Annual administration and progress report of the Indian Medical Department, Bombay
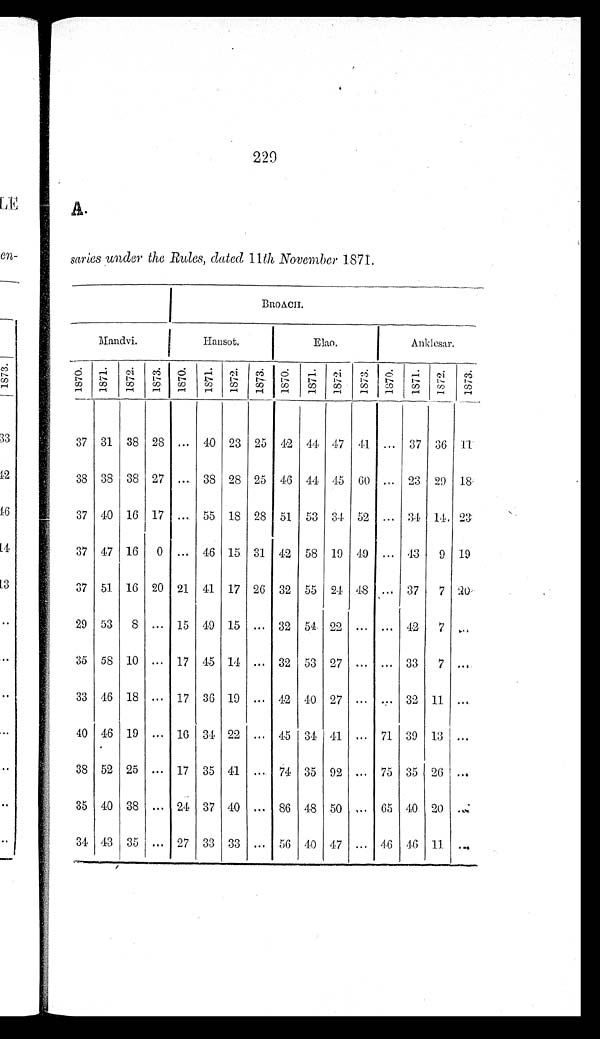
229
A.
saries under the Rules, dated 11 th November 1871.
BROACH.
Mandvi.
Hansot.
Elao.
Anklesar.
1870. 1871.
1 8 7 2 . 1873.
1 8 7 0 .
1 8 7 1 .
1 8 7 2 .
1 8 7 3 .
1 8 7 0 .
1 8 7 1 . 1872.
1 8 7 3 .
1 8 7 0 .
1 8 7 1 . 1872.
1 8 7 3 .
37 31 38 28 ... 40 23 25 42 44 47 41 ... 37 36 11
38 38 38 27 ... 38 28 25 46 44 45 60 ... 23 29 18
37 40 16 17 ... 55 18 28 51 53 34 52 ... 34 14. 23
37 47 16 0 ... 46 15 31 42 58 19 49 ... 43 9 19
37 51 16 20 21 41 17 26 32 55 24 48 ... 37
7 20
29 53 8 ... 15 49 15 ... 32 54 22 ... ... 42 7 ...
35 58 10 ... 17 45 14 ... 32 53 27 ... ... 33
7 ...
33 46 18 ... 17 36 19 ... 42 40 27 ... ... 32 11 ...
40 46 19 ... 16 34 22 ... 45 34 41 ... 71 39 13 ...
38 52 25 ... 17 35 41 ... 74 35 92 ... 75 35 26 ...
35 40 38 ... 24 37 40 ... 86 48 50 ... 65 40 20 ...
34 43 35 ...
27 33 33 ... 56 40 47 ... 46 46 11 ...